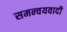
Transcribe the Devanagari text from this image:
समन्‍वयवादी